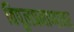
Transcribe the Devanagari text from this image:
विपूलप्रमाणावर